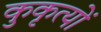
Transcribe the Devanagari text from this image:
कुकृत्‍यों